Leaving Certificate, 1901
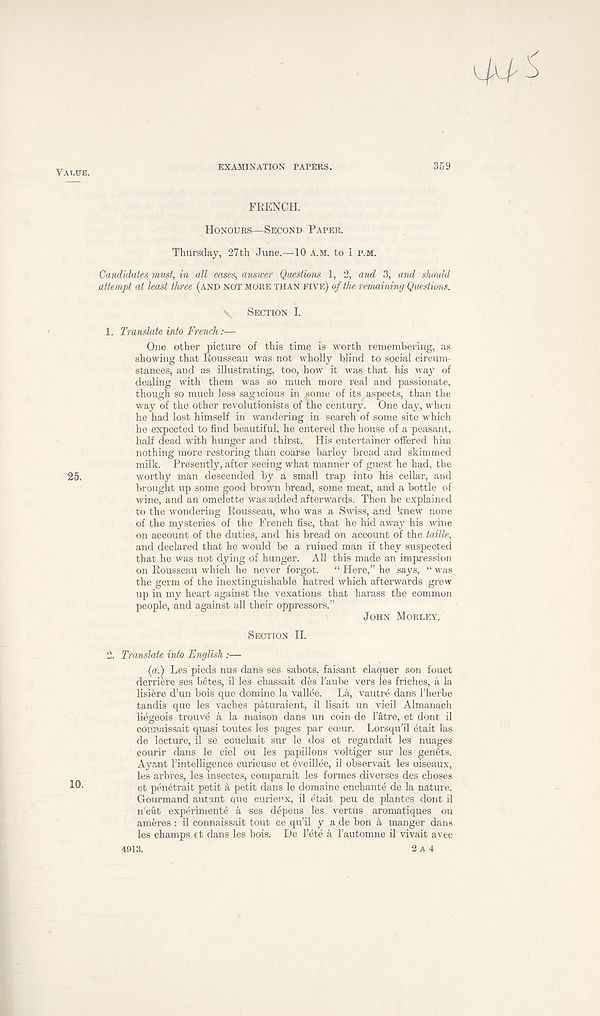
VAr.UE.
EXAMINATION PAPERS.
3D9
FRENCH.
HONOURS—SECOND PAPER.
Thursday, 27th June.—10 A.M. to 1 P.M.
Candidates must, in all cases, answer Questions 1, 2, and 3, and slmdd
attempt at least three (AND NOT MORE THAN FIVE) of the remaining Questions.
\
SECTION I.
1. Translate into French:—
One other picture of this time is worth remembering, as
showing that Rousseau was not wholly blind to social circum-
stances, and as illustrating, too, how it was that his way of
dealing with them was so much more real and passionate,
though so much less sagacious in some of its, aspects, than the
way of the other revolutionists of the century. One day, when
he had lost himself in wandering in search of some site which
he expected to find beautiful, he entered the house of a peasant,
half dead with hunger and thirst. His entertainer offered him
nothing more restoring than coarse barley bread and skimmed
milk. Presently, after seeing what manner of guest he had, the
25.
worthy man descended by a small trap into his cellar, and
brought up some good brown bread, some meat, and a bottle of
wine, and an omelette was added afterwards. Then he explained
to the wondering Rousseau, who was a Swiss, and knew none
of the mysteries of the French fisc, that he hid away his wine
on account of the duties, and his bread on account of the taille,
and declared that he would be a ruined man if they suspected
that he was not dying of hunger. All this made an impression
on Rousseau which he never forgot.
“ Here,” he says, “ was
the germ of the inextinguishable hatred which afterwards grew
up in my heart against the vexations that harass the common
people, and against all their oppressors.”
JOHN MORLEY.
SECTION II.
2. Translate into English :—
(a.) Les pieds nus dans ses sabots, faisant claquer son fouet
derriere ses betes, il les chassait des Faube vers les friches, a la
lisiere d’un bois que domine la vallee. La, vautre dans Fherbe
tandis que les vaches paturaient, il lisait un vieil Almanach
liegeois trouve a la maison dans un coin de Fatre, et dont il
cormaissait quasi toutes les pages par coeur. Lorsqu’il etait las
de lecture, il se couchait sur le dos et regardait les nuages
courir dans le ciel ou les papillons voltiger sur les genets.
Ayant Fintelligence curieuse et eveillee, il observait les oiseaux,
les arbres, les insectes, comparait les formes diverses des choses
et penetrait petit a petit dans le domaine enchant^ de la nature.
Gourmand autant que curieux, il etait peu de plantes dont il
n'eut experimente a ses depens les vertus aromatiques ou
ameres : il connaissait tout ce qu’il y a de bon k manger dans
les champs et dans les bois. De Fete k Fautomne il vivait avec
4913.
2 A 4